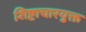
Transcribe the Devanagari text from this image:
शिष्टाचारयुक्त